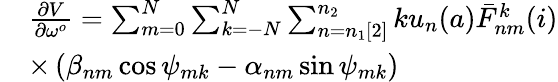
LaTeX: \begin{array}{rl}&{\frac{\partial V}{\partial\omega^{o}}=\sum_{m=0}^{N}\sum_{k=-N}^{N}\sum_{n=n_{1}[2]}^{n_{2}}ku_{n}(a)\bar{F}_{nm}^{k}(i)}\\ &{\times\left(\beta_{nm}\cos\psi_{mk}-\alpha_{nm}\sin\psi_{mk}\right)}\end{array}